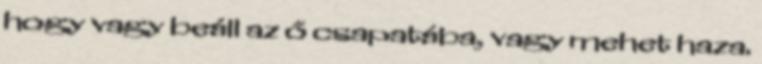
hogy vagy beáll az ő csapatába, vagy mehet haza.